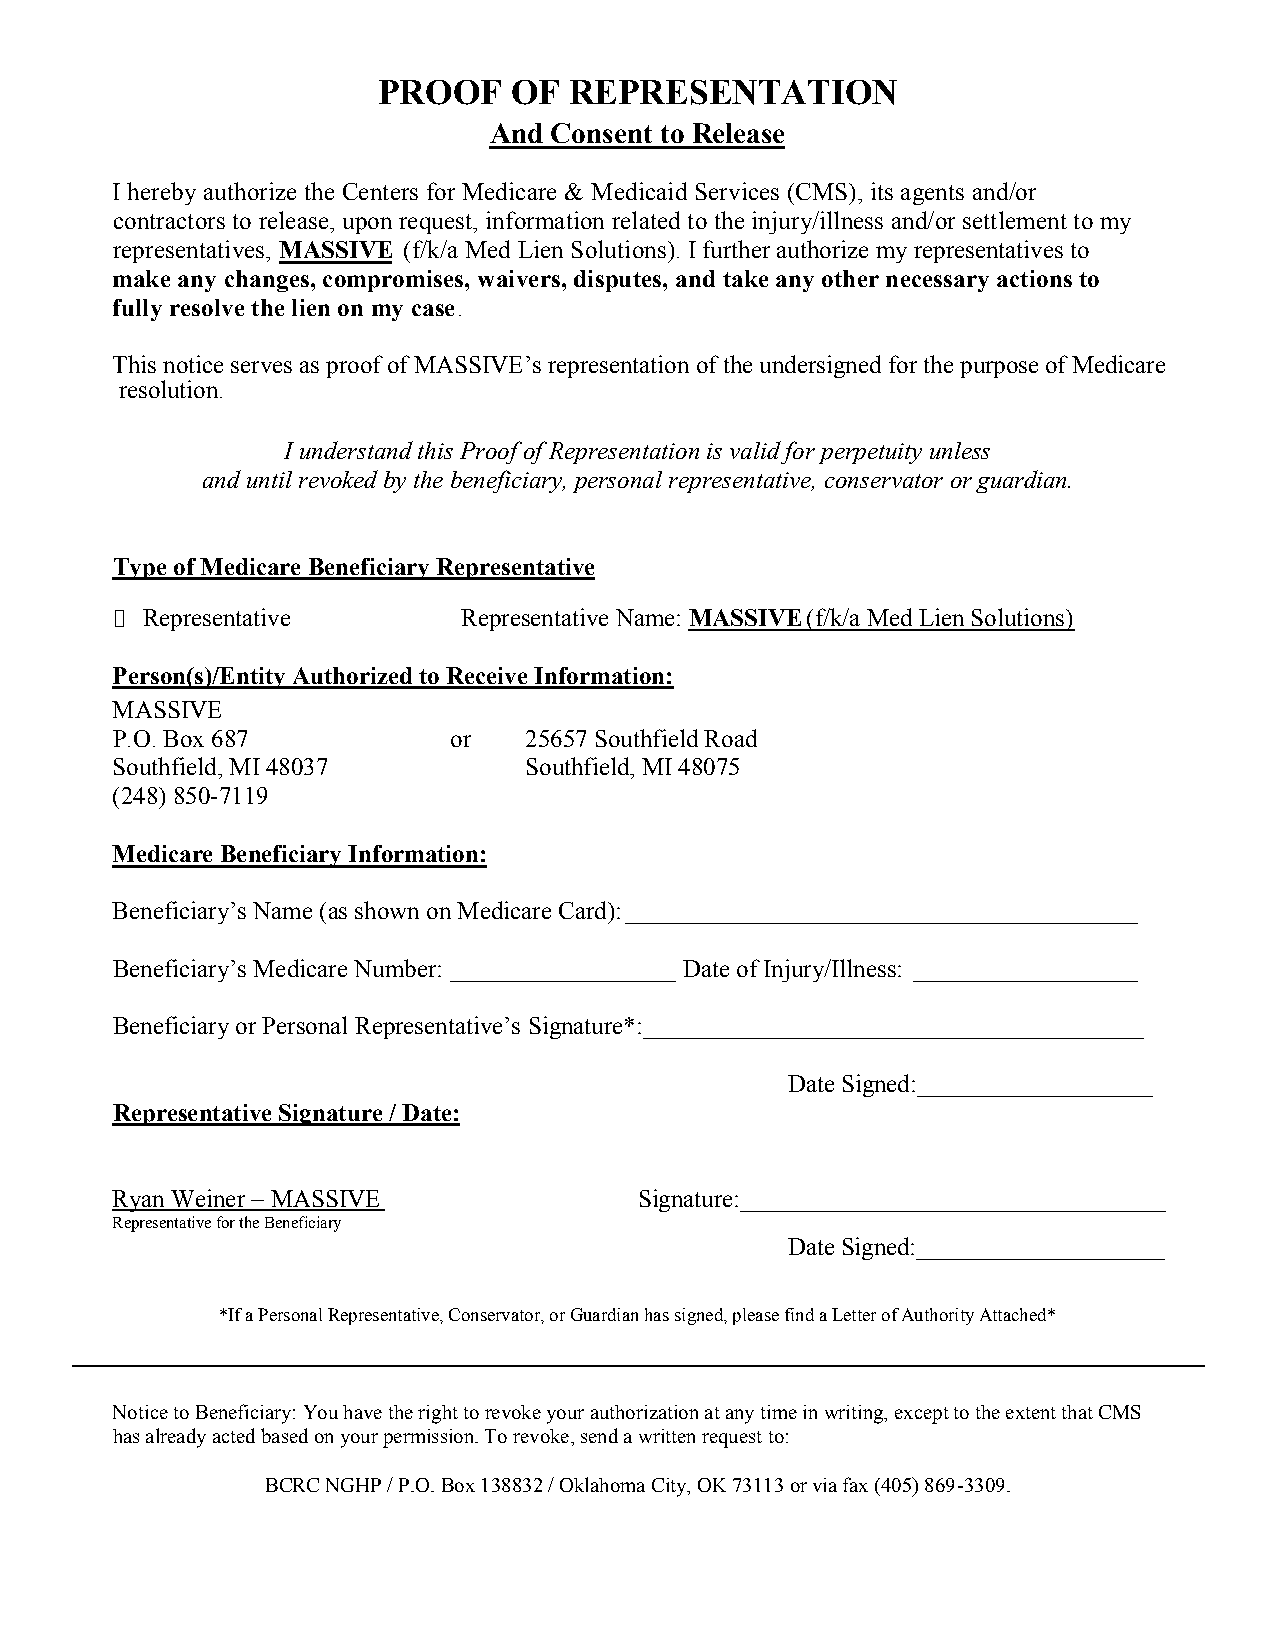
PROOF    OF  REPRESENTATION
 And Consent to Release
 I hereby authorize the Centers for Medicare & Medicaid Services (CMS), its agents and/or
 contractors to release, upon request, information related to the injury/illness and/or settlement to my
 representatives, MASSIVE (f/k/a Med Lien Solutions). I furth. er authorize my representatives to
 m ake any ch anges, compromises, waivers, disputes, and take any other necessary actions to
 fully resolve the lien on my case.
 This notice serves as proof of MASSIVE’s representation of the undersigned for the purpose of Medicare
 resolution.
 I understand this Proof of Representation is valid for perpetuity unless
 and until revoked by the beneficiary, personal representative, conservator or guardian.
 Type of Medicare Beneficiary Representative
 Representative        Representative Name: MASSIVE(f/k/a M ed Lien Solutions)
 Person(s)/Entity Authorized to Receive Information:
 MASSIVE
 P.O. Box 687           or   25657 Southfield Road
 Southfield, MI 48037        Southfield, MI 48075
 (248) 850-7119
 Medicare Beneficiary Information:
 Beneficiary’s Name (as shown on Medicare Card): _________________________________________
 Beneficiary’s Medicare Number: __________________ Date of Injury/Illness: __________________
 Beneficiary or Personal Representative’s Signature*:________________________________________
 Date Signed:___________________
 Representative Signature / Date:
 Ryan Weiner – MASSIVE              Signature:__________________________________
 Representative for the Beneficiary
 Date Signed:____________________
 *If a Personal Representative, Conservator, or Guardian has signed, please find a Letter of Authority Attached*
 Notice to Beneficiary: You have the right to revoke your authorization at any time in writing, except to the extent that CMS
 has already acted based on your permission. To revoke, send a written request to:
 BCRC NGHP / P.O. Box 138832 / Oklahoma City, OK 73113 or via fax (405) 869-3309.